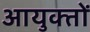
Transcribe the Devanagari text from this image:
आयुक्‍तों